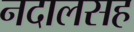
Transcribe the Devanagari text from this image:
नदालसह